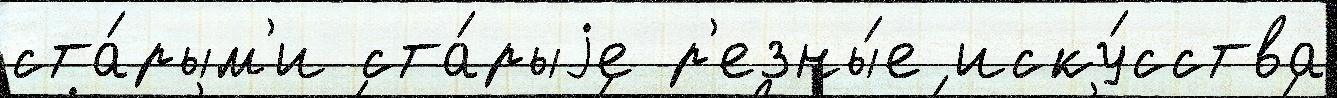
ста́рым'и ста́рыjе р'езны́е иску́сства